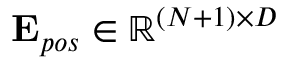
\mathbf { E } _ { p o s } \in \mathbb { R } ^ { ( N + 1 ) \times D }